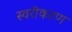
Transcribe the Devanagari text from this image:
स्वरीकरण